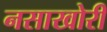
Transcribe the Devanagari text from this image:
नसाखोरी